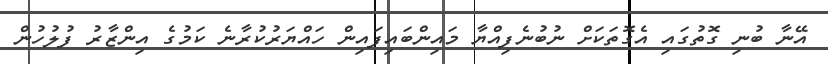
އޭނާ ބުނި ގޮތުގައި އެގޮތަކަށް ނުބުނެފިއްޔާ މައިންބައިފައިން ހައްޔަރުކުރާނެ ކަމުގެ އިންޒާރު ފުލުހުން